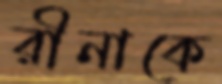
রীনাকে